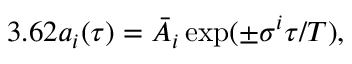
3 . 6 2 { a _ { i } } ( \tau ) = \bar { A } _ { i } \exp ( \pm \sigma ^ { i } \tau / T ) ,